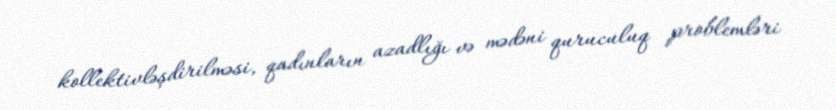
kollektivləşdirilməsi, qadınların azadlığı və mədəni quruculuq problemləri